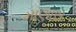
માણાસ